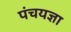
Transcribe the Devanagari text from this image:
पंचयज्ञा